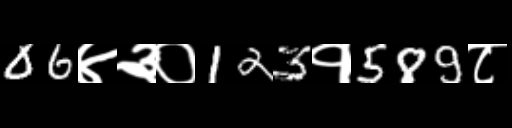
Text: 06४३०123१589८